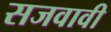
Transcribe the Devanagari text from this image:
सजवावी